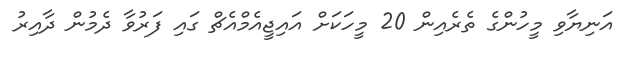
އަނިޔާވި މީހުންގެ ތެރެއިން 20 މީހަކަށް އައިޖީއެމްއެޗް ގައި ފަރުވާ ދެމުން ދާއިރު